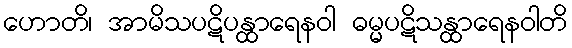
ဟောတိ၊ အာမိသပဋိပန္ထာရေနဝါ ဓမ္မပဋိသန္ထာရေနဝါတိ